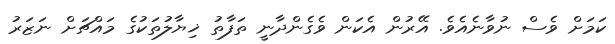
ކަމަށް ވެސް ނުވާނެއެވެ. އޭރުން އެކަން ވެގެންދާނީ ތަފާތު ޚިޔާލުތަކުގެ މައްޗަށް ނަޒަރު